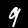
Label: 9